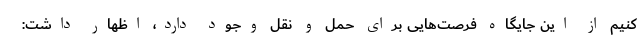
کنیم از این جایگاه فرصت‌هایی برای حمل و نقل وجود دارد، اظهار داشت: